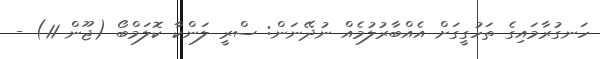
ހަނގުރާމައިގެ ތަހުގީގަށް އެއްބާރުލުމެއް ނުދޭނަން: ސްރީ ލަންކާ ކޮލަމްބޯ (ޖޫން 11) -